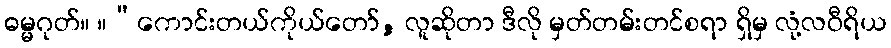
ဓမ္မဂုတ်။ ။“ကောင်းတယ်ကိုယ်တော်, လူဆိုတာ ဒီလို မှတ်တမ်းတင်စရာ ရှိမှ လုံ့လဝီရိယ